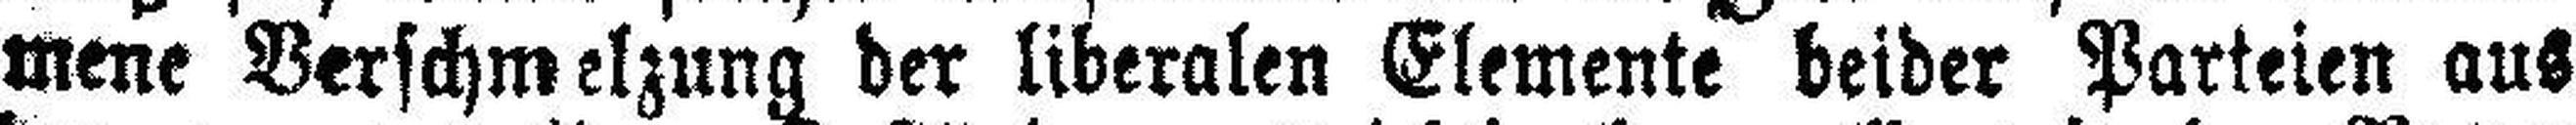
mene Verschmelzung der liberalen Elemente beider Parteien aus